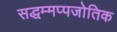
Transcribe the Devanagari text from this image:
सद्धम्मप्पजोतिक